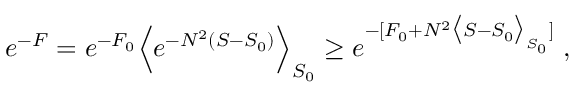
e ^ { - F } = e ^ { - F _ { 0 } } \Big < e ^ { - N ^ { 2 } ( S - S _ { 0 } ) } \Big > _ { S _ { 0 } } \ge e ^ { - [ F _ { 0 } + N ^ { 2 } \big < S - S _ { 0 } \big > _ { S _ { 0 } } ] } \; ,